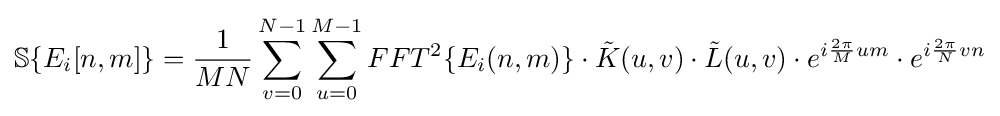
\mathbb {S} \{E_{i}[n,m]\}={\frac {1}{MN}}\sum _{v=0}^{N-1}\sum _{u=0}^{M-1}FFT^{2}\{E_{i}(n,m)\}\cdot {\tilde {K}}(u,v)\cdot {\tilde {L}}(u,v)\cdot e^{i{\frac {2\pi }{M}}um}\cdot e^{i{\frac {2\pi }{N}}vn}